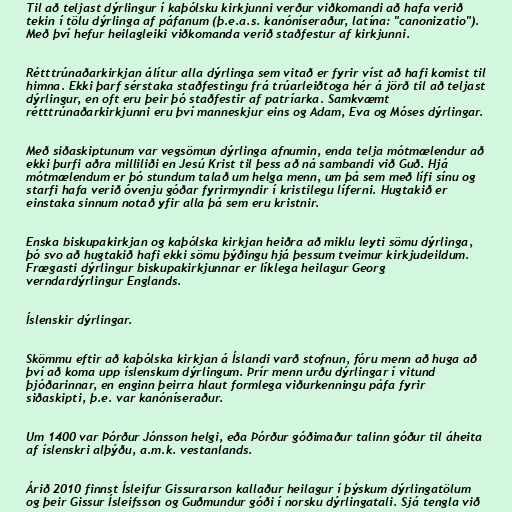
Til að teljast dýrlingur í kaþólsku kirkjunni verður viðkomandi að hafa verið
tekin í tölu dýrlinga af páfanum (þ.e.a.s. kanóníseraður, latína: "canonizatio").
Með því hefur heilagleiki viðkomanda verið staðfestur af kirkjunni.

Rétttrúnaðarkirkjan álítur alla dýrlinga sem vitað er fyrir víst að hafi komist til
himna. Ekki þarf sérstaka staðfestingu frá trúarleiðtoga hér á jörð til að teljast
dýrlingur, en oft eru þeir þó staðfestir af patríarka. Samkvæmt
rétttrúnaðarkirkjunni eru því manneskjur eins og Adam, Eva og Móses dýrlingar.

Með siðaskiptunum var vegsömun dýrlinga afnumin, enda telja mótmælendur að
ekki þurfi aðra milliliði en Jesú Krist til þess að ná sambandi við Guð. Hjá
mótmælendum er þó stundum talað um helga menn, um þá sem með lífi sínu og
starfi hafa verið óvenju góðar fyrirmyndir í kristilegu líferni. Hugtakið er
einstaka sinnum notað yfir alla þá sem eru kristnir.

Enska biskupakirkjan og kaþólska kirkjan heiðra að miklu leyti sömu dýrlinga,
þó svo að hugtakið hafi ekki sömu þýðingu hjá þessum tveimur kirkjudeildum.
Frægasti dýrlingur biskupakirkjunnar er líklega heilagur Georg
verndardýrlingur Englands.

Íslenskir dýrlingar.

Skömmu eftir að kaþólska kirkjan á Íslandi varð stofnun, fóru menn að huga að
því að koma upp íslenskum dýrlingum. Þrír menn urðu dýrlingar í vitund
þjóðarinnar, en enginn þeirra hlaut formlega viðurkenningu páfa fyrir
siðaskipti, þ.e. var kanóníseraður.

Um 1400 var Þórður Jónsson helgi, eða Þórður góðimaður talinn góður til áheita
af íslenskri alþýðu, a.m.k. vestanlands.

Árið 2010 finnst Ísleifur Gissurarson kallaður heilagur í þýskum dýrlingatölum
og þeir Gissur Ísleifsson og Guðmundur góði í norsku dýrlingatali. Sjá tengla við